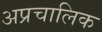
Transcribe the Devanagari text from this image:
अप्रचालिक